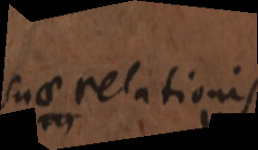
suae relationis